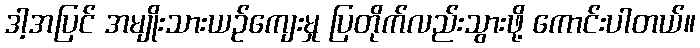
ဒါ့အပြင် အမျိုးသားယဉ်ကျေးမှု ပြတိုက်လည်းသွားဖို့ ကောင်းပါတယ်။